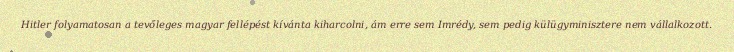
Hitler folyamatosan a tevőleges magyar fellépést kívánta kiharcolni, ám erre sem Imrédy, sem pedig külügyminisztere nem vállalkozott.